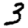
Digit: 3